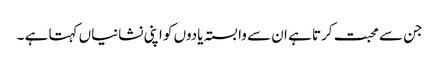
جن سے محبت کرتا ہے ان سے وابستہ یادوں کو اپنی نشانیاں کہتا ہے ۔